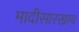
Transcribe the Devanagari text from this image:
मादीसारखाच